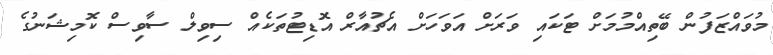
މުވައްޒަފުން ބޭތިއްމުމަށް ޓަކައި ވަރަށް އަވަހަށް އެޗުއާރް އޮޑިޓުތަކެއް ސިވިލް ސާވިސް ކޮމިޝަނުގެ